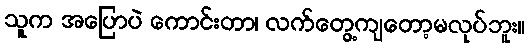
သူက အပြောပဲ ကောင်းတာ၊ လက်တွေ့ကျတော့မလုပ်ဘူး။